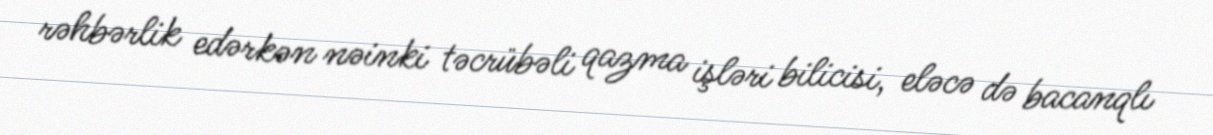
rəhbərlik edərkən nəinki təcrübəli qazma işləri bilicisi, eləcə də bacanqlı